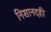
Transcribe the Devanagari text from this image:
निशानदही